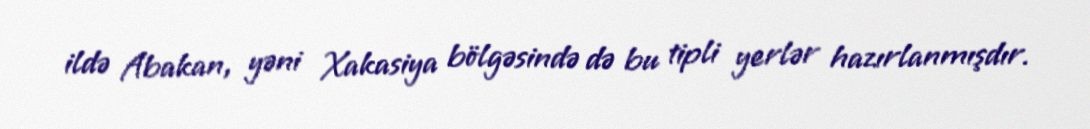
ildə Abakan, yəni Xakasiya bölgəsində də bu tipli yerlər hazırlanmışdır.